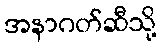
အနာဂတ်ဆီသို့